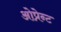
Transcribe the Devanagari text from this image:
ओप्रेन्ट